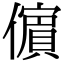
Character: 𭀀